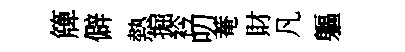
簰僻熱掘衿叨菴財凡軀